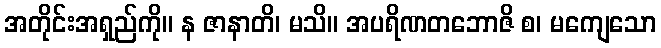
အတိုင်းအရှည်ကို။ န ဇာနာတိ၊ မသိ။ အပရိဏတဘောဇိ စ၊ မကျေသော